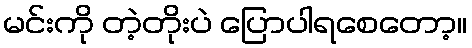
မင်းကို တဲ့တိုးပဲ ပြောပါရစေတော့။